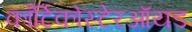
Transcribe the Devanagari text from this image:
कॉर्टिकोस्टेरऑयड